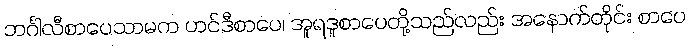
ဘင်္ဂါလီစာပေသာမက ဟင်ဒီစာပေ၊ အူရဒူစာပေတို့သည်လည်း အနောက်တိုင်း စာပေ